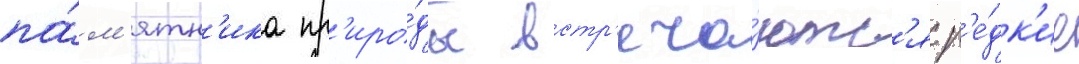
па́м'ятн'ика пр'иро́ды встр'еча́ютс'я р'е́дк'ие